Annual report of the Punjab Veterinary College and of the Civil Veterinary Department, Punjab - 1926-1932
Year: 1926
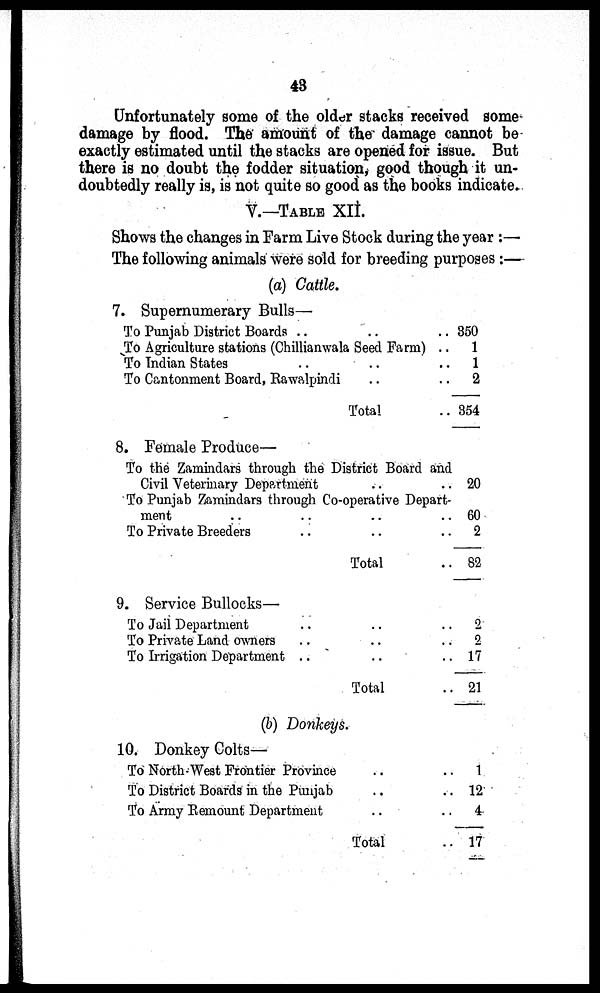
43
Unfortunately some of the older stacks received some
damage by flood. The amount of the damage cannot be
exactly estimated until the stacks are opened for issue. But
there is no doubt the fodder situation, good though it un-
doubtedly really is, is not quite so good as the books indicate.
V.—TABLE XII.
Shows the changes in Farm Live Stock during the year :—
The following animals were sold for breeding purposes:—
(a) Cattle.
7. Supernumerary Bulls—
To Punjab District Boards .. .. ..
To Agriculture stations (Chillianwala Seed Farm) ..
To Indian States .. .. ..
To Cantonment Board, Rawalpindi .. ..
Total ..
8. Female Produce—
To the Zamindars through the District Board and
Civil Veterinary Department .. ..
To Punjab Zamindars through Co-operative Depart-
ment .. .. .. ..
To Private Breeders .. .. ..
Total ..
9. Service Bullocks—
To Jail Department .. .. ..
To Private Land owners .. .. ..
To Irrigation Department .. .. ..
Total ..
(b) Donkeys.
10. Donkey Colts—
To North-West Frontier Province .. ..
To District Boards in the Punjab .. ..
To Army Remount Department .. ..
Total ..
350
1
1
2
354
20
60
2
82
2
2
17
21
1
12
4
17